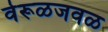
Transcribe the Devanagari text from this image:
वेरूळजवळ